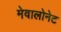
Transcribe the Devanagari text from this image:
मेवालोनेट